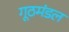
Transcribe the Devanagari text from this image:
गूठमंडल